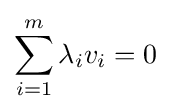
\sum _{i=1}^{m}\lambda _{i}v_{i}=0